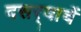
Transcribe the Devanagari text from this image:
दसर्‍याचें